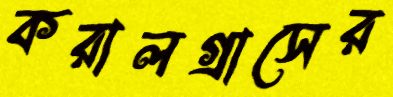
করালগ্রাসের